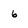
Character: 6